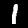
Label: 1